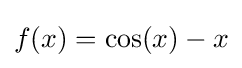
f(x)=\cos(x)-x